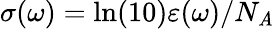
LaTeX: \sigma(\omega)=\ln(10)\varepsilon(\omega)/N_{\mathit{A}}